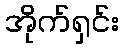
အိုက်ရှင်း